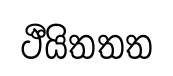
ථීයිතතත